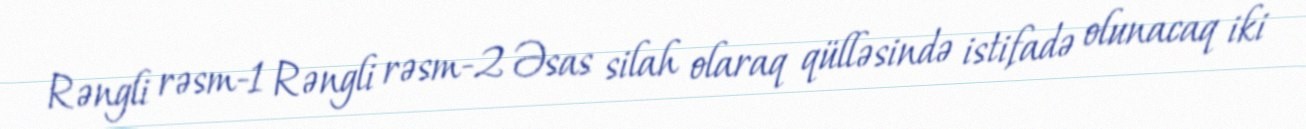
Rəngli rəsm-1 Rəngli rəsm-2 Əsas silah olaraq qülləsində istifadə olunacaq iki